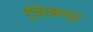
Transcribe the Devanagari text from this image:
टेंनिस्कलुब